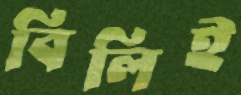
বিলিই